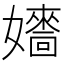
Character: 𡣰